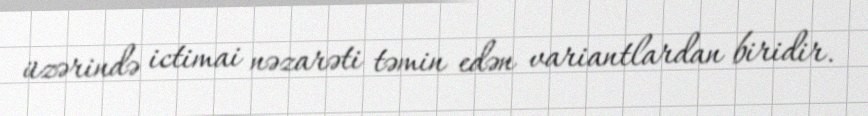
üzərində ictimai nəzarəti təmin edən variantlardan biridir.